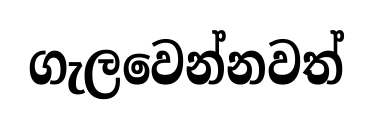
ගැලවෙන්නවත්